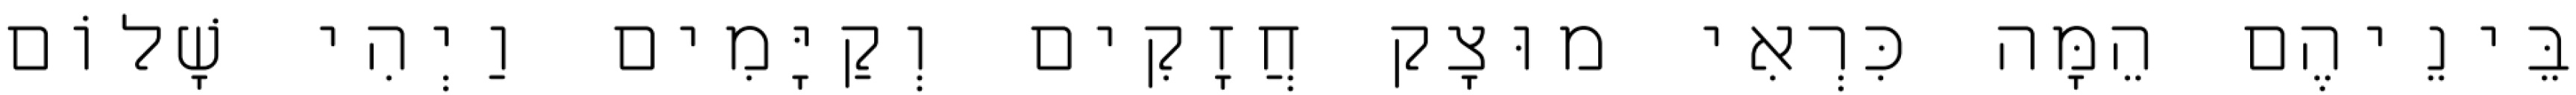
בֵּינֵיהֶם הֵמָּה כִּרְאִי מוּצָק חֲזָקִים וְקַיָּמִים וַיְהִי שָׁלוֹם